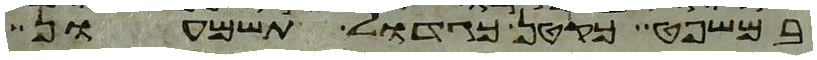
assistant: במשפט כקטן כגדול תשמעון